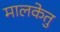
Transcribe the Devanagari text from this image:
मालकेतु